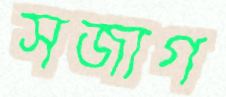
সজাগ